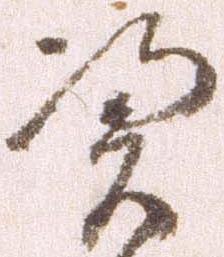
憑